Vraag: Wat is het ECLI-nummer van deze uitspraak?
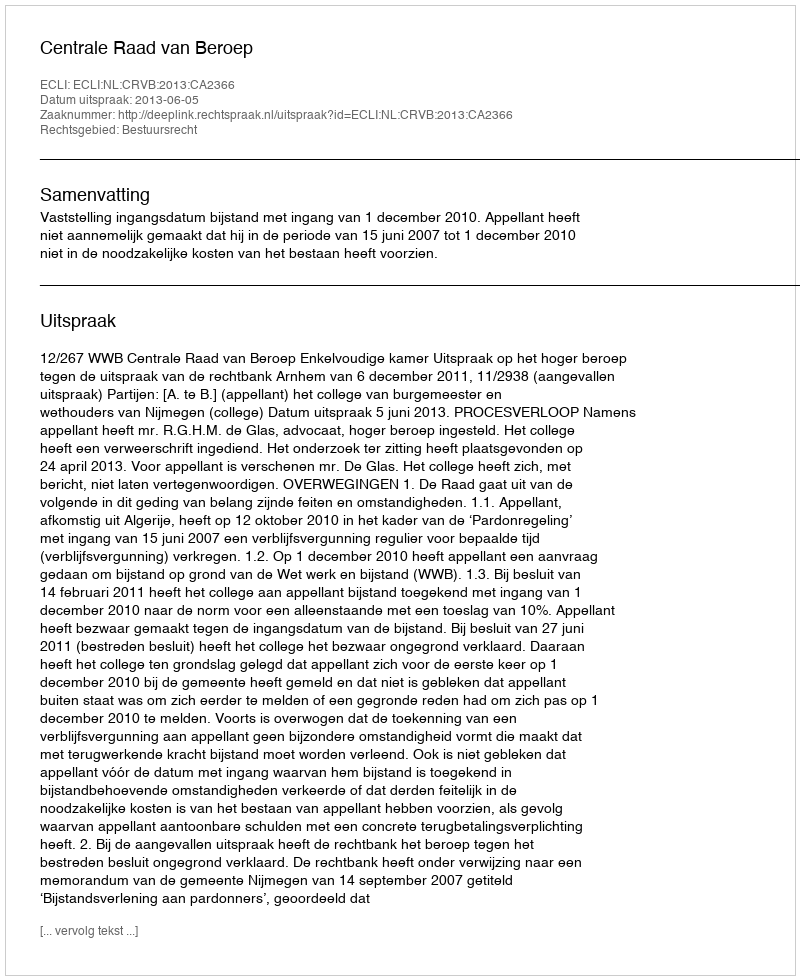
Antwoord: ECLI:NL:CRVB:2013:CA2366